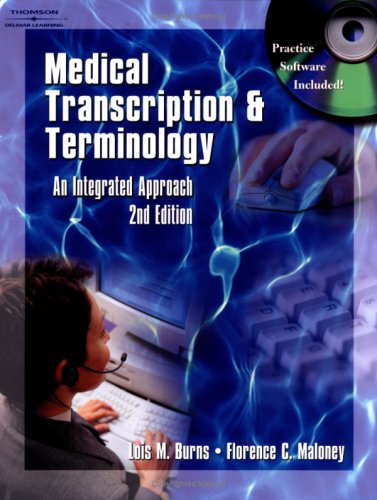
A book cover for Medical Transcription & Terminology: An Integrated Approach, 2E; Lois Burns; Medical Books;